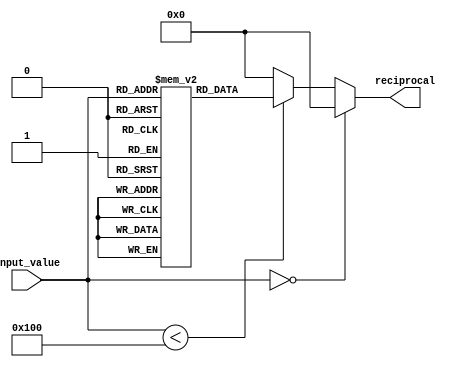
module lut_based_reciprocal (
    input  wire [7:0] input_value,  // 8-bit input value
    output reg  [15:0] reciprocal    // 16-bit output for reciprocal
);

    // 256-entry LUT for reciprocal values (scaled to fixed-point)
    reg [15:0] lut [0:255];

    initial begin
        // Initialize the LUT with pre-calculated reciprocals (scaled by 2^16 for fixed-point)
        // For example:
        lut[1]   = 16'hFFFF; // 1.0 -> 1/1.0 * 2^16
        lut[2]   = 16'h8000; // 0.5 -> 1/2.0 * 2^16
        lut[3]   = 16'h5555; // 0.33333 -> 1/3.0 * 2^16
        lut[4]   = 16'h4000; // 0.25 -> 1/4.0 * 2^16
        // Fill in more values as needed...
        lut[255] = 16'h0001; // 1/255 * 2^16
        
        // Note: You should calculate and replace with accurate pre-calculated reciprocals based on your application needs.
    end

    always @(*) begin
        // Handle the case of zero input
        if (input_value == 8'b0) begin
            reciprocal = 16'h0000; // Return zero or handle as per requirements
        end else if (input_value < 256) begin
            // Look up the reciprocal in the LUT
            reciprocal = lut[input_value];
        end else begin
            // Handle out-of-range input gracefully
            reciprocal = 16'h0000; // Could also return maximum for saturation
        end
    end

endmodule